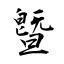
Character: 曁